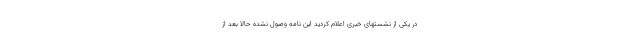
در یکی از نشستهای خبری اعلام کردید این نامه وصول نشده حالا بعد از